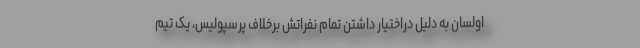
اولسان به دلیل دراختیار داشتن تمام نفراتش برخلاف پرسپولیس، یک تیم